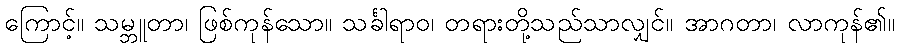
ကြောင့်။ သမ္ဘူတာ၊ ဖြစ်ကုန်သော။ သင်္ခါရာဝ၊ တရားတို့သည်သာလျှင်။ အာဂတာ၊ လာကုန်၏။